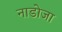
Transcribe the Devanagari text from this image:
नाडोजा